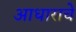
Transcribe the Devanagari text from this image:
आधाराचे